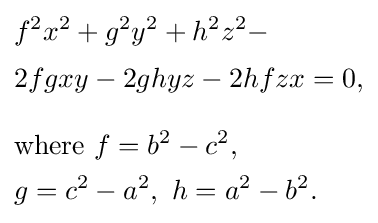
{\begin{aligned}&f^{2}x^{2}+g^{2}y^{2}+h^{2}z^{2}-\\[2pt]&2fgxy-2ghyz-2hfzx=0,\\[8pt]&{\text{where }}f=b^{2}-c^{2},\\&g=c^{2}-a^{2},\ h=a^{2}-b^{2}.\end{aligned}}